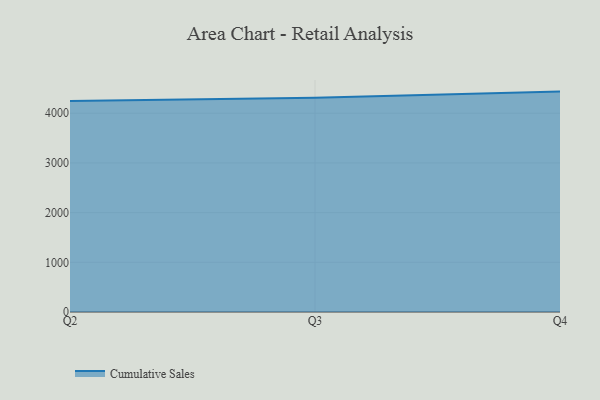
{"axis": {"x": "Quarter", "y": "Churn Rate (%)"}, "legend": ["Cumulative Sales"], "data": [{"x": "Q2", "y": 4244.6, "type": "Cumulative Sales"}, {"x": "Q3", "y": 4310.9, "type": "Cumulative Sales"}, {"x": "Q4", "y": 4435.2, "type": "Cumulative Sales"}]}